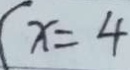
( x = 4